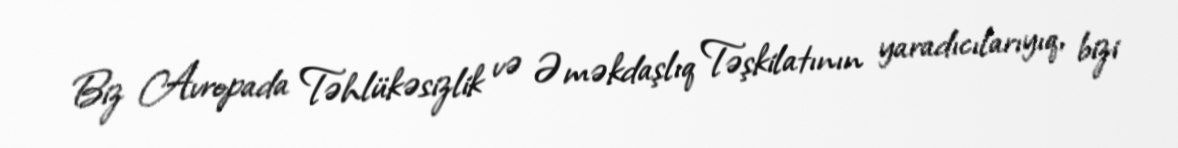
Biz Avropada Təhlükəsizlik və Əməkdaşlıq Təşkilatının yaradıcılarıyıq, bizi